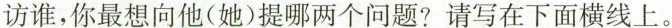
访谁，你最想向他(她)提哪两个问题?请写在下面横线上。